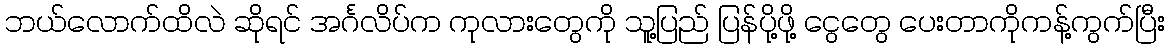
ဘယ်လောက်ထိလဲ ဆိုရင် အင်္ဂလိပ်က ကုလားတွေကို သူ့ပြည် ပြန်ပို့ဖို့ ငွေတွေ ပေးတာကိုကန့်ကွက်ပြီး